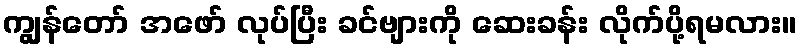
ကျွန်တော် အဖော် လုပ်ပြီး ခင်ဗျားကို ဆေးခန်း လိုက်ပို့ရမလား။